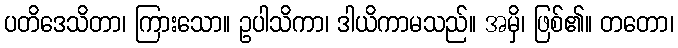
ပတိဒေသိတာ၊ ကြားသော။ ဥပါသိကာ၊ ဒါယိကာမသည်။ အမှိ၊ ဖြစ်၏။ တတော၊